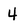
Character: 4